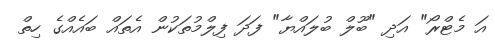
އަ މެޓްރޯ" އަދި "ބޫލް ބުލައްޔާ" ފަދަ ފިލްމުތަކުން އެތައް ބައެއްގެ ހިތް